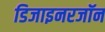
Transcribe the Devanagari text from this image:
डिजाइनरजॉन